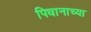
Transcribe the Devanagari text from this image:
पिधानाच्या